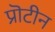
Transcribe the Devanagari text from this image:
प्रॊटीन